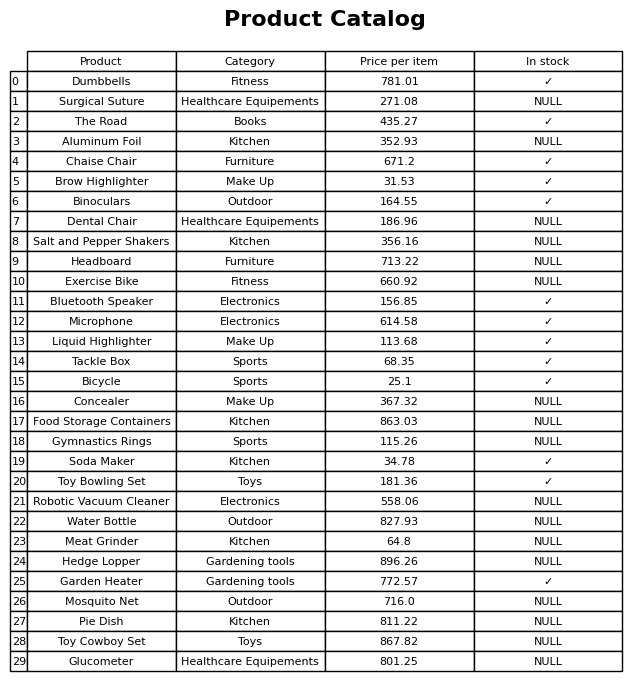
question: Is the The Road in stock?
answer: ✓